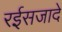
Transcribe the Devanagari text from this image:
रईसजादे